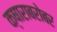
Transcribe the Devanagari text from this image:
क्षाराबरोबर